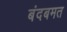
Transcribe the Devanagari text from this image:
बंदबमत